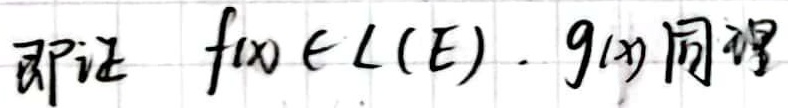
即证 $f(x) \in L(E).\ g(x)$ 同理